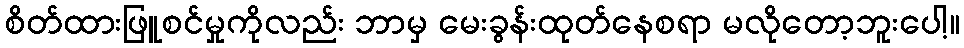
စိတ်ထားဖြူစင်မှုကိုလည်း ဘာမှ မေးခွန်းထုတ်နေစရာ မလိုတော့ဘူးပေါ့။